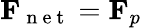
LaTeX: \mathbf{F}_{\mathrm{~n~e~t~}}=\mathbf{F}_{p}